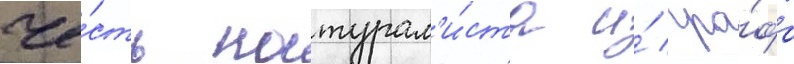
че́сть натурал'и́ста и́ гра́фа